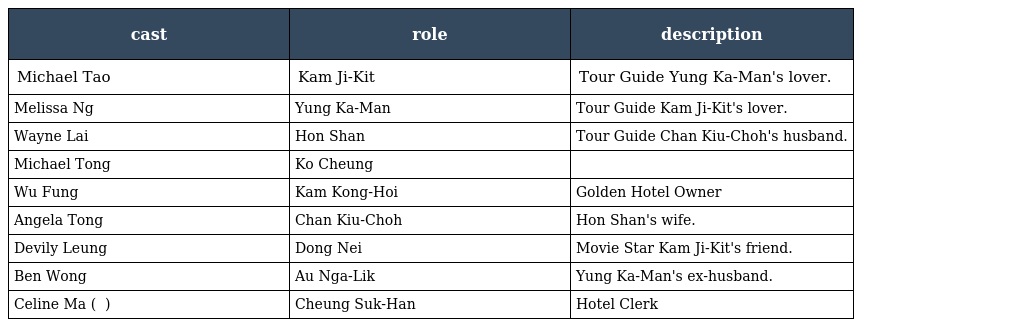
| cast | role | description |
 | --- | --- | --- |
 | Michael Tao | Kam Ji-Kit 甘志傑 | Tour Guide Yung Ka-Man's lover. |
 | Melissa Ng | Yung Ka-Man 翁家文 | Tour Guide Kam Ji-Kit's lover. |
 | Wayne Lai | Hon Shan 韓山 | Tour Guide Chan Kiu-Choh's husband. |
 | Michael Tong | Ko Cheung 高祥 |  |
 | Wu Fung | Kam Kong-Hoi 金廣開 | Golden Hotel Owner |
 | Angela Tong | Chan Kiu-Choh 陳翹楚 | Hon Shan's wife. |
 | Devily Leung | Dong Nei 冬妮 | Movie Star Kam Ji-Kit's friend. |
 | Ben Wong | Au Nga-Lik 歐雅歷 | Yung Ka-Man's ex-husband. |
 | Celine Ma ( 馬蹄露 ) | Cheung Suk-Han 張淑嫻 | Hotel Clerk |